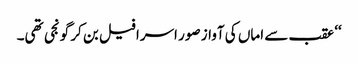
‘‘ عقب سے اماں کی آواز صور اسرافیل بن کر گونجی تھی۔